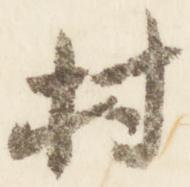
村